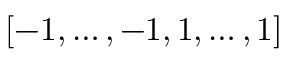
[ - 1 , \ldots , - 1 , 1 , \ldots , 1 ]